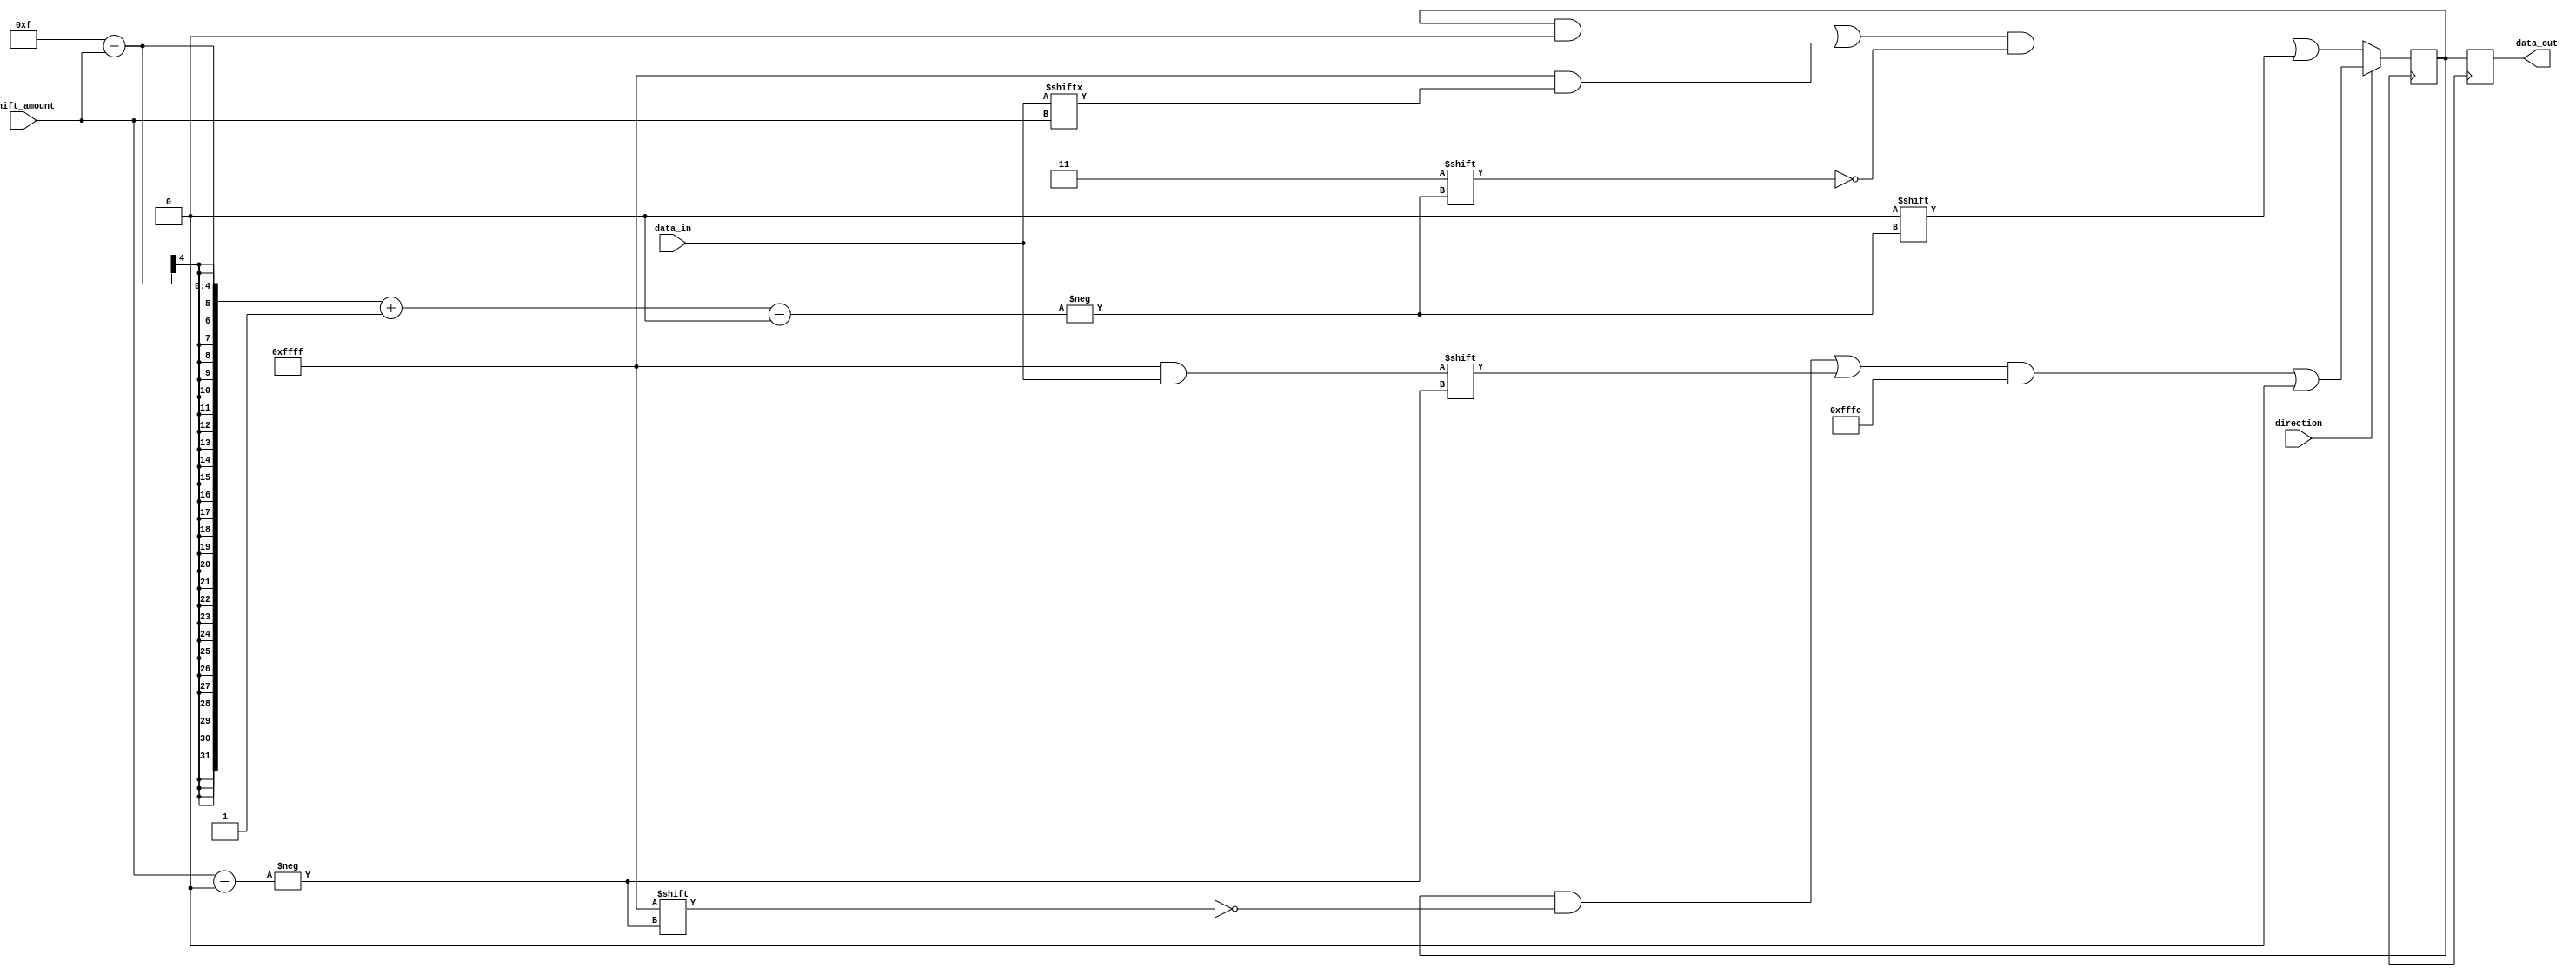
module barrel_shifter (
    input [15:0] data_in, // Input data word
    input [3:0] shift_amount, // Amount to shift
    input direction, // 0 for right shift, 1 for left shift
    output reg [15:0] data_out // Output data word
);

reg [15:0] shifted_data; // Temporary storage for shifted data

always @ (posedge clk) begin
    if (direction == 1) begin // Left shift
        shifted_data[15:shift_amount] <= data_in[15-shift_amount:0];
        shifted_data[shift_amount-1:0] <= 0;
    end else begin // Right shift
        shifted_data[15-shift_amount:0] <= data_in[15:shift_amount];
        shifted_data[15:15-shift_amount+1] <= 0;
    end
    data_out <= shifted_data;
end

endmodule